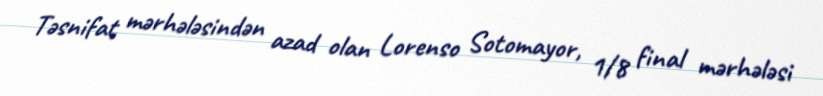
Təsnifat mərhələsindən azad olan Lorenso Sotomayor, 1/8 final mərhələsi